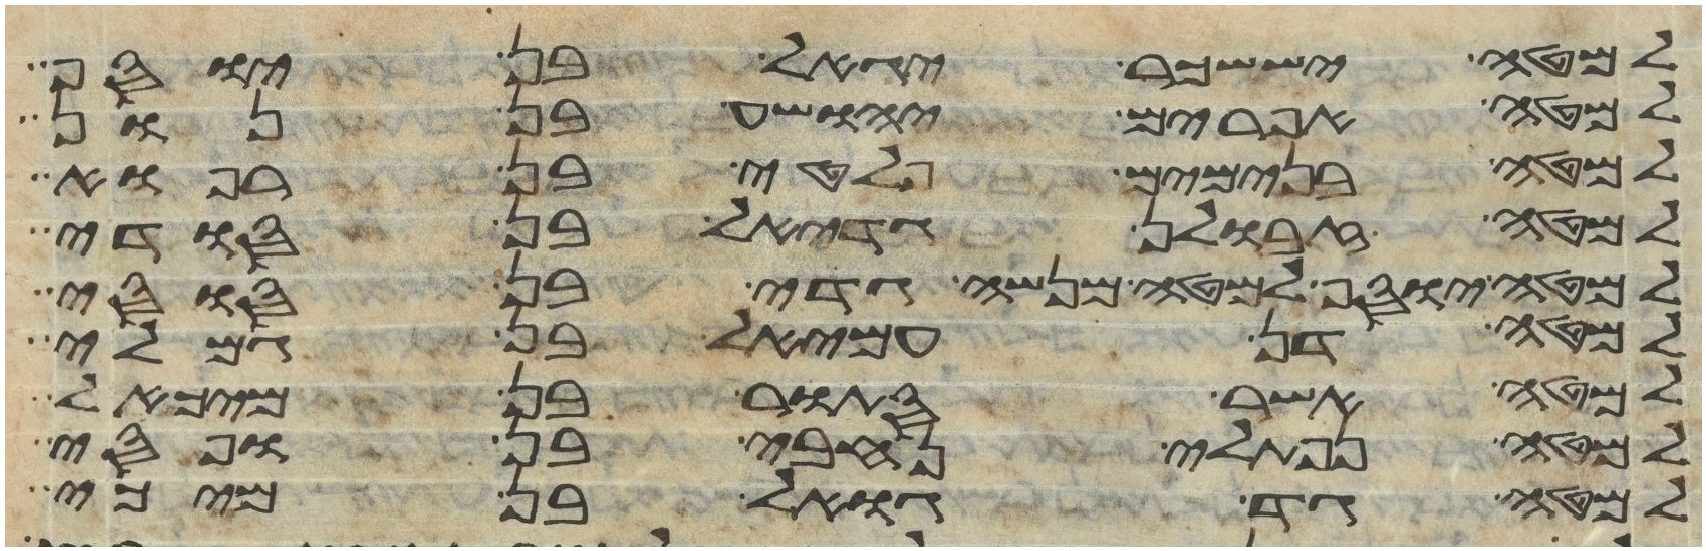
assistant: למטה יששכר יגאל בן יוסף
למטה אפרים יהושע בן נון
למטה בנימים פלטי בן רפוא
למטה זבולן גדיאל בן סודי
למטה יוסף למטה מנשה גדי בן סוסי
למטה דן עמיאל בן גמלי
למטה אשר סתור בן מיכאל
למטה נפתלי נחבי בן ופסי
למטה גד גואל בן מיכי